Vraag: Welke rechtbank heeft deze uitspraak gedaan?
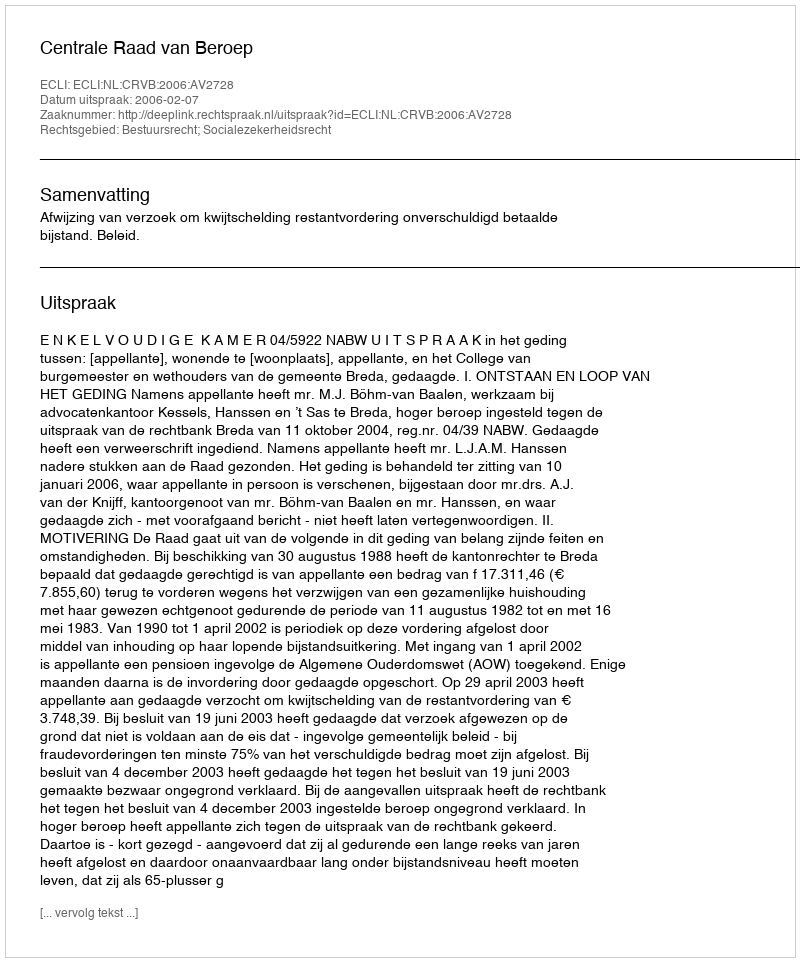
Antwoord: Centrale Raad van Beroep